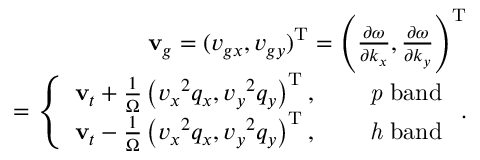
\begin{array} { r l r } & { } & { { \bf v } _ { g } = ( v _ { g x } , v _ { g y } ) ^ { \mathrm { T } } = \left( \frac { \partial \omega } { \partial k _ { x } } , \frac { \partial \omega } { \partial k _ { y } } \right) ^ { \mathrm { T } } } \\ & { } & { ~ ~ ~ = \left\{ \begin{array} { l l } { { \bf v } _ { t } + \frac { 1 } { \Omega } \left( { v _ { x } } ^ { 2 } q _ { x } , { v _ { y } } ^ { 2 } q _ { y } \right) ^ { \mathrm { T } } , } & { \quad \mathrm { { \it ~ p } ~ b a n d } } \\ { { \bf v } _ { t } - \frac { 1 } { \Omega } \left( { v _ { x } } ^ { 2 } q _ { x } , { v _ { y } } ^ { 2 } q _ { y } \right) ^ { \mathrm { T } } , } & { \quad \mathrm { { \it ~ h } ~ b a n d } } \end{array} \right. . } \end{array}